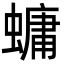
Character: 䗤